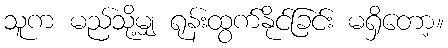
သူက မည်သို့မျှ ရုန်းထွက်နိုင်ခြင်း မရှိတော့။